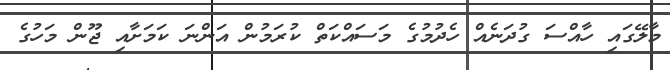
މާލޭގައި ހާއްސަ ގުދަނެއް ހެދުމުގެ މަސައްކަތް ކުރަމުން އަންނަ ކަމަށާއި ޖޫން މަހުގެ